Leningradi_Edasi_toimetus, lk 94
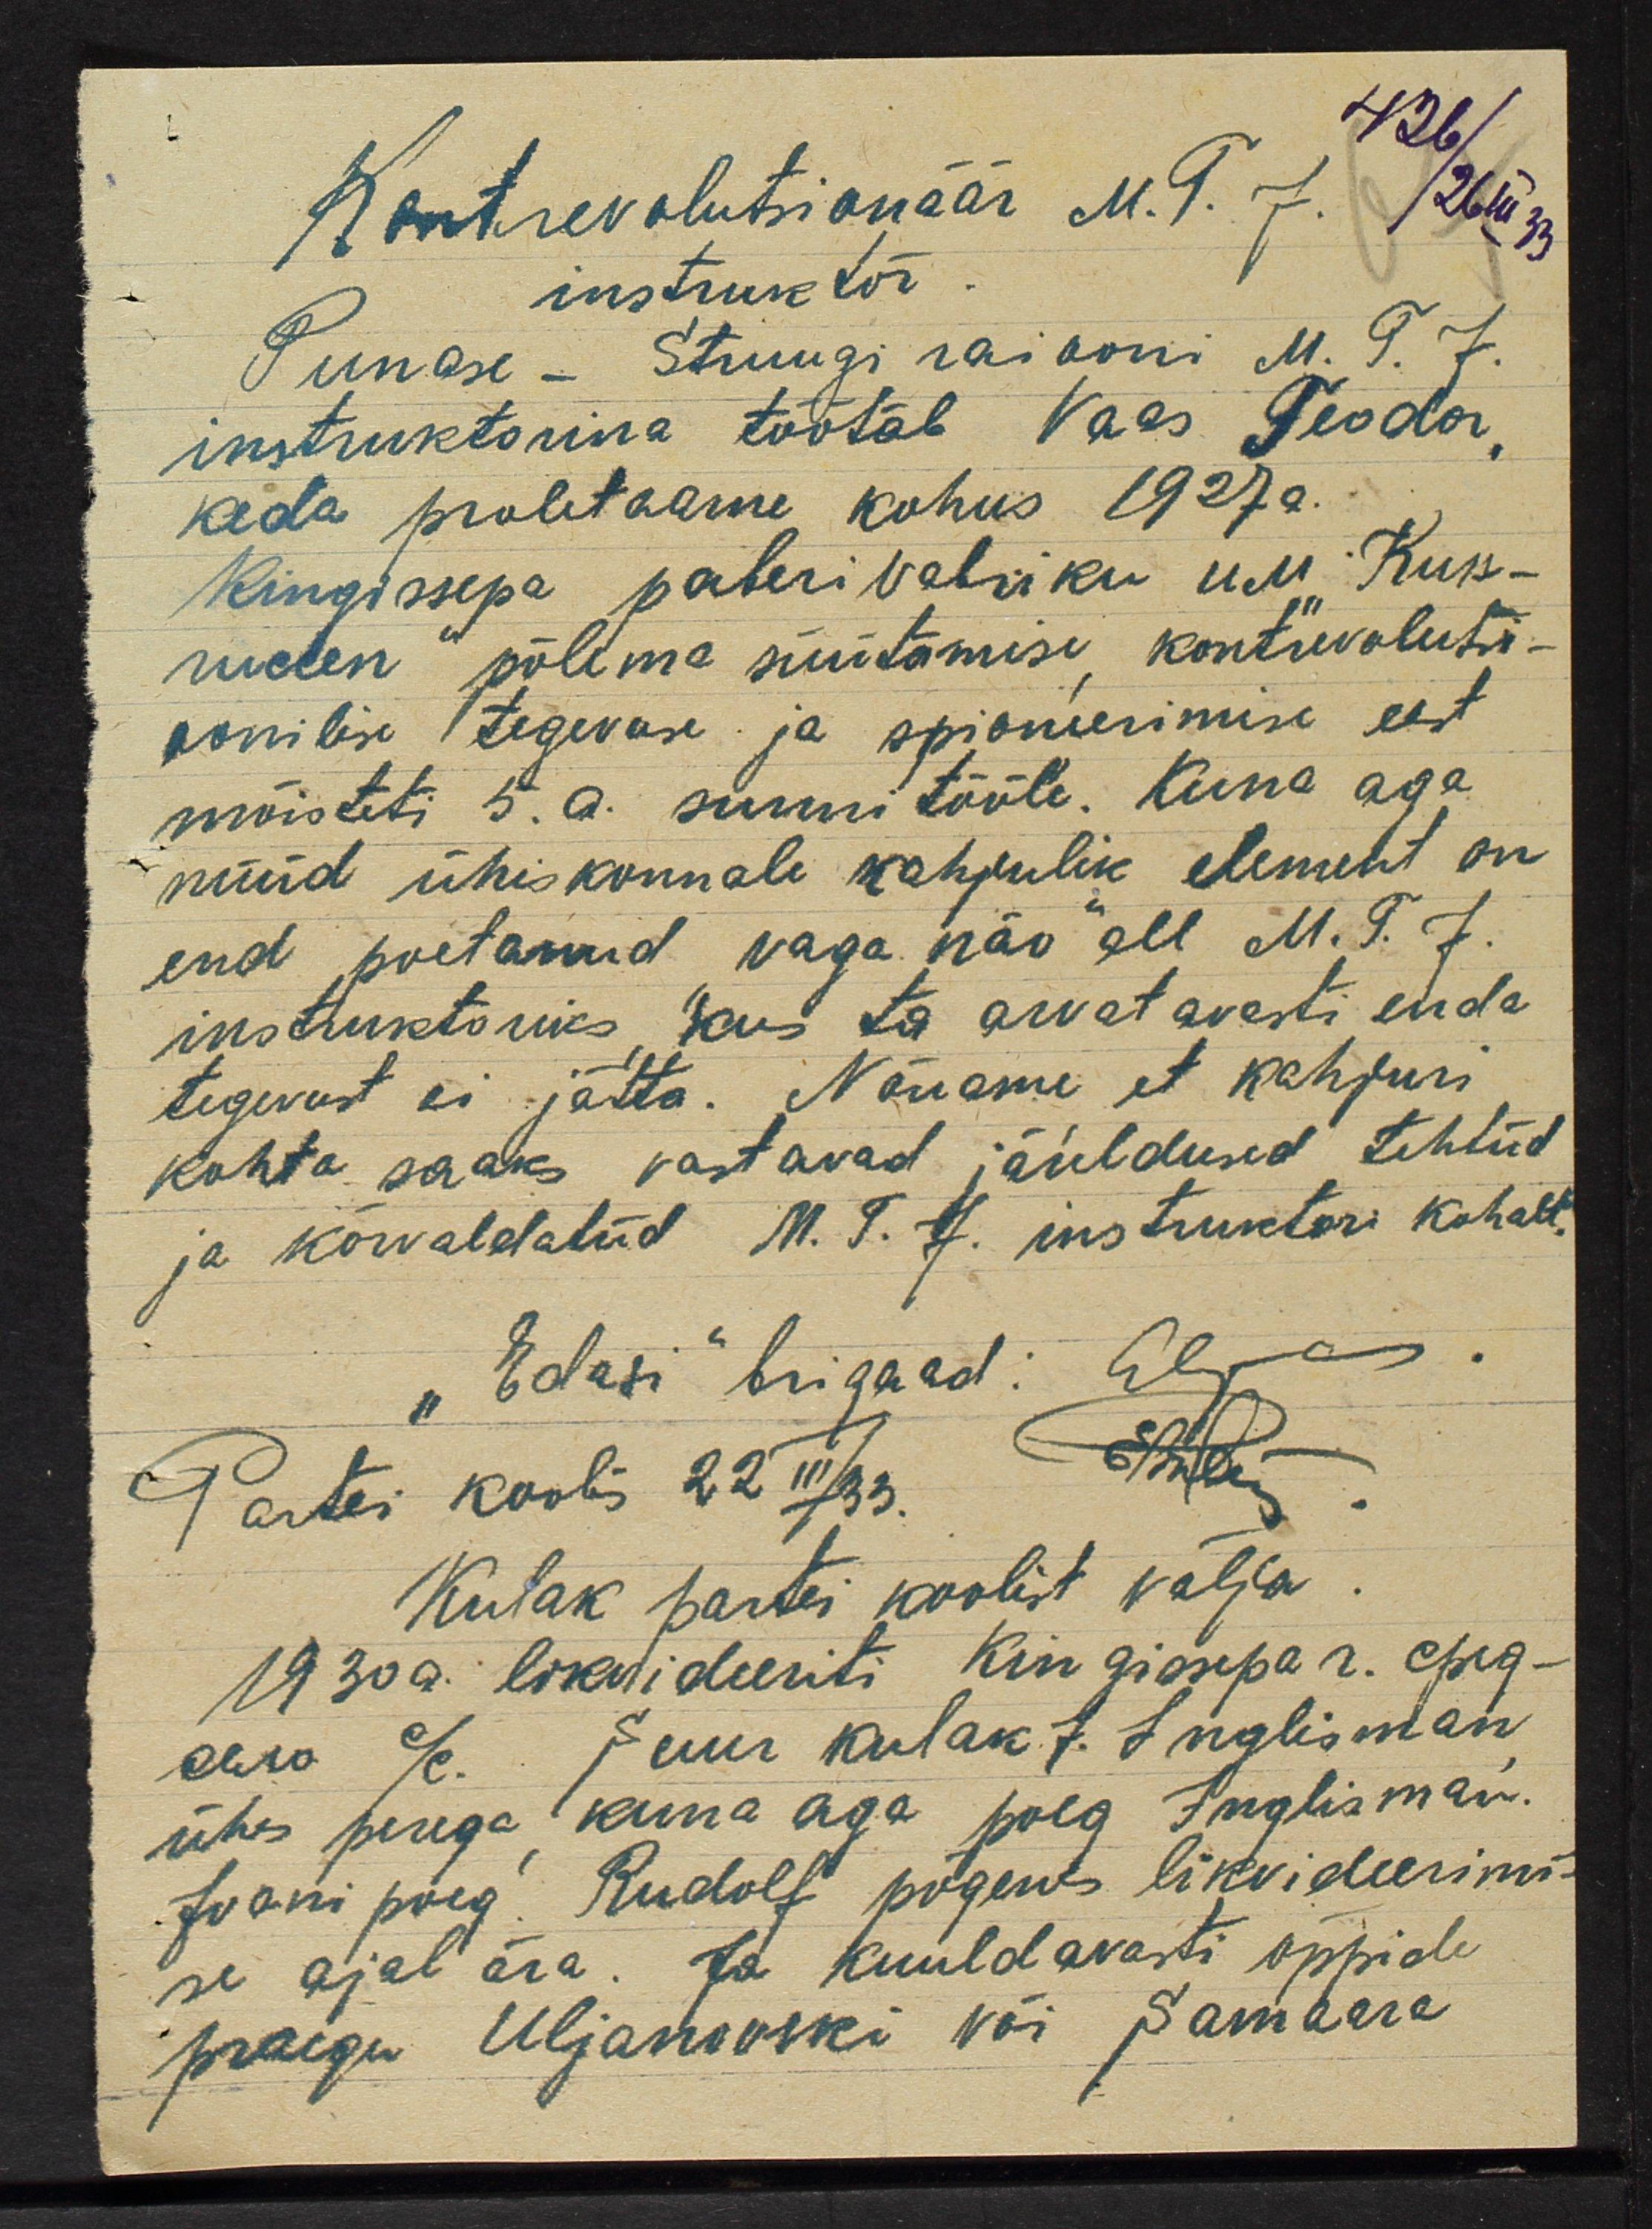
Kontrevolutsionäär M. T. J.
instruktor
Punase - Struugi raiooni M. T.  J.
instruktorina töötab Vaas Teodor,
keda proletaarne kohus 1927a.
Kingissepa paberivabriku uu Kuss-
ruden põlema süütamise kontrevolutsi-
oonilise tegevuse ja spioneerimise eest
mõisteti 5. a. sunni tööle. Kuna aga
nüüd ühiskonnale kahjulik element on
end poetanud vaga näo" all M. T. J.
instruktoriks, kus ta arvat arvastavasti enda
tegevust ei jätta. Nõuame et kahjuri
kohta saaks vastavad järeldused tehtud
ja kõrvaldatud M. T. J. instruktori kohalt.
"Edasi" brigaad: Elgas.
Partei koolis 22 III/33.
Ametele
Kulak partei koolist välja
1930 a. likvideeriti Kingissepa r egg.
eau %. Suur kulak J. Inglisman
ühes perega kuna aga poeg Inglisman.
Ivani poeg Rudolf põgenes likvideerimi-
se ajal ära. Ja kuuldavasti õppide
praigu Uljanovski või Samaara